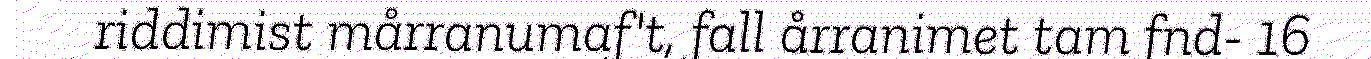
riddimist mårranumaf't, fall årranimet tam fnd- 16